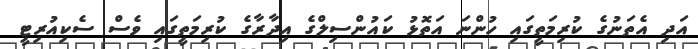
އަދި އެތަނުގެ ކުރިމަތީގައި ހުންނަ އަތޮޅު ކައުންސިލްގެ އިދާރާގެ ކުރިމަތީގައި ވެސް ސެކިއުރިޓީ